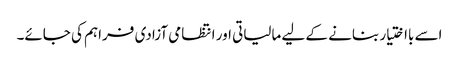
اسے بااختیار بنانے کے لیے مالیاتی اور انتظامی آزادی فراہم کی جائے۔